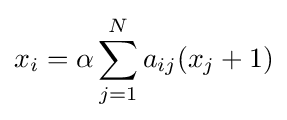
x_{i}=\alpha \sum _{j=1}^{N}a_{ij}(x_{j}+1)